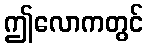
ဤလောကတွင်